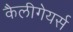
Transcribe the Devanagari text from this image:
कैलीगेयर्स